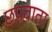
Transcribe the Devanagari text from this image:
छपवाता